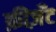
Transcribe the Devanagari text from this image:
फ़ीज़ॅंट